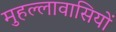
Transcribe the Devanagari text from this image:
मुहल्लावासियों